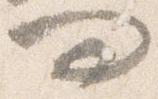
問